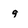
Character: 9